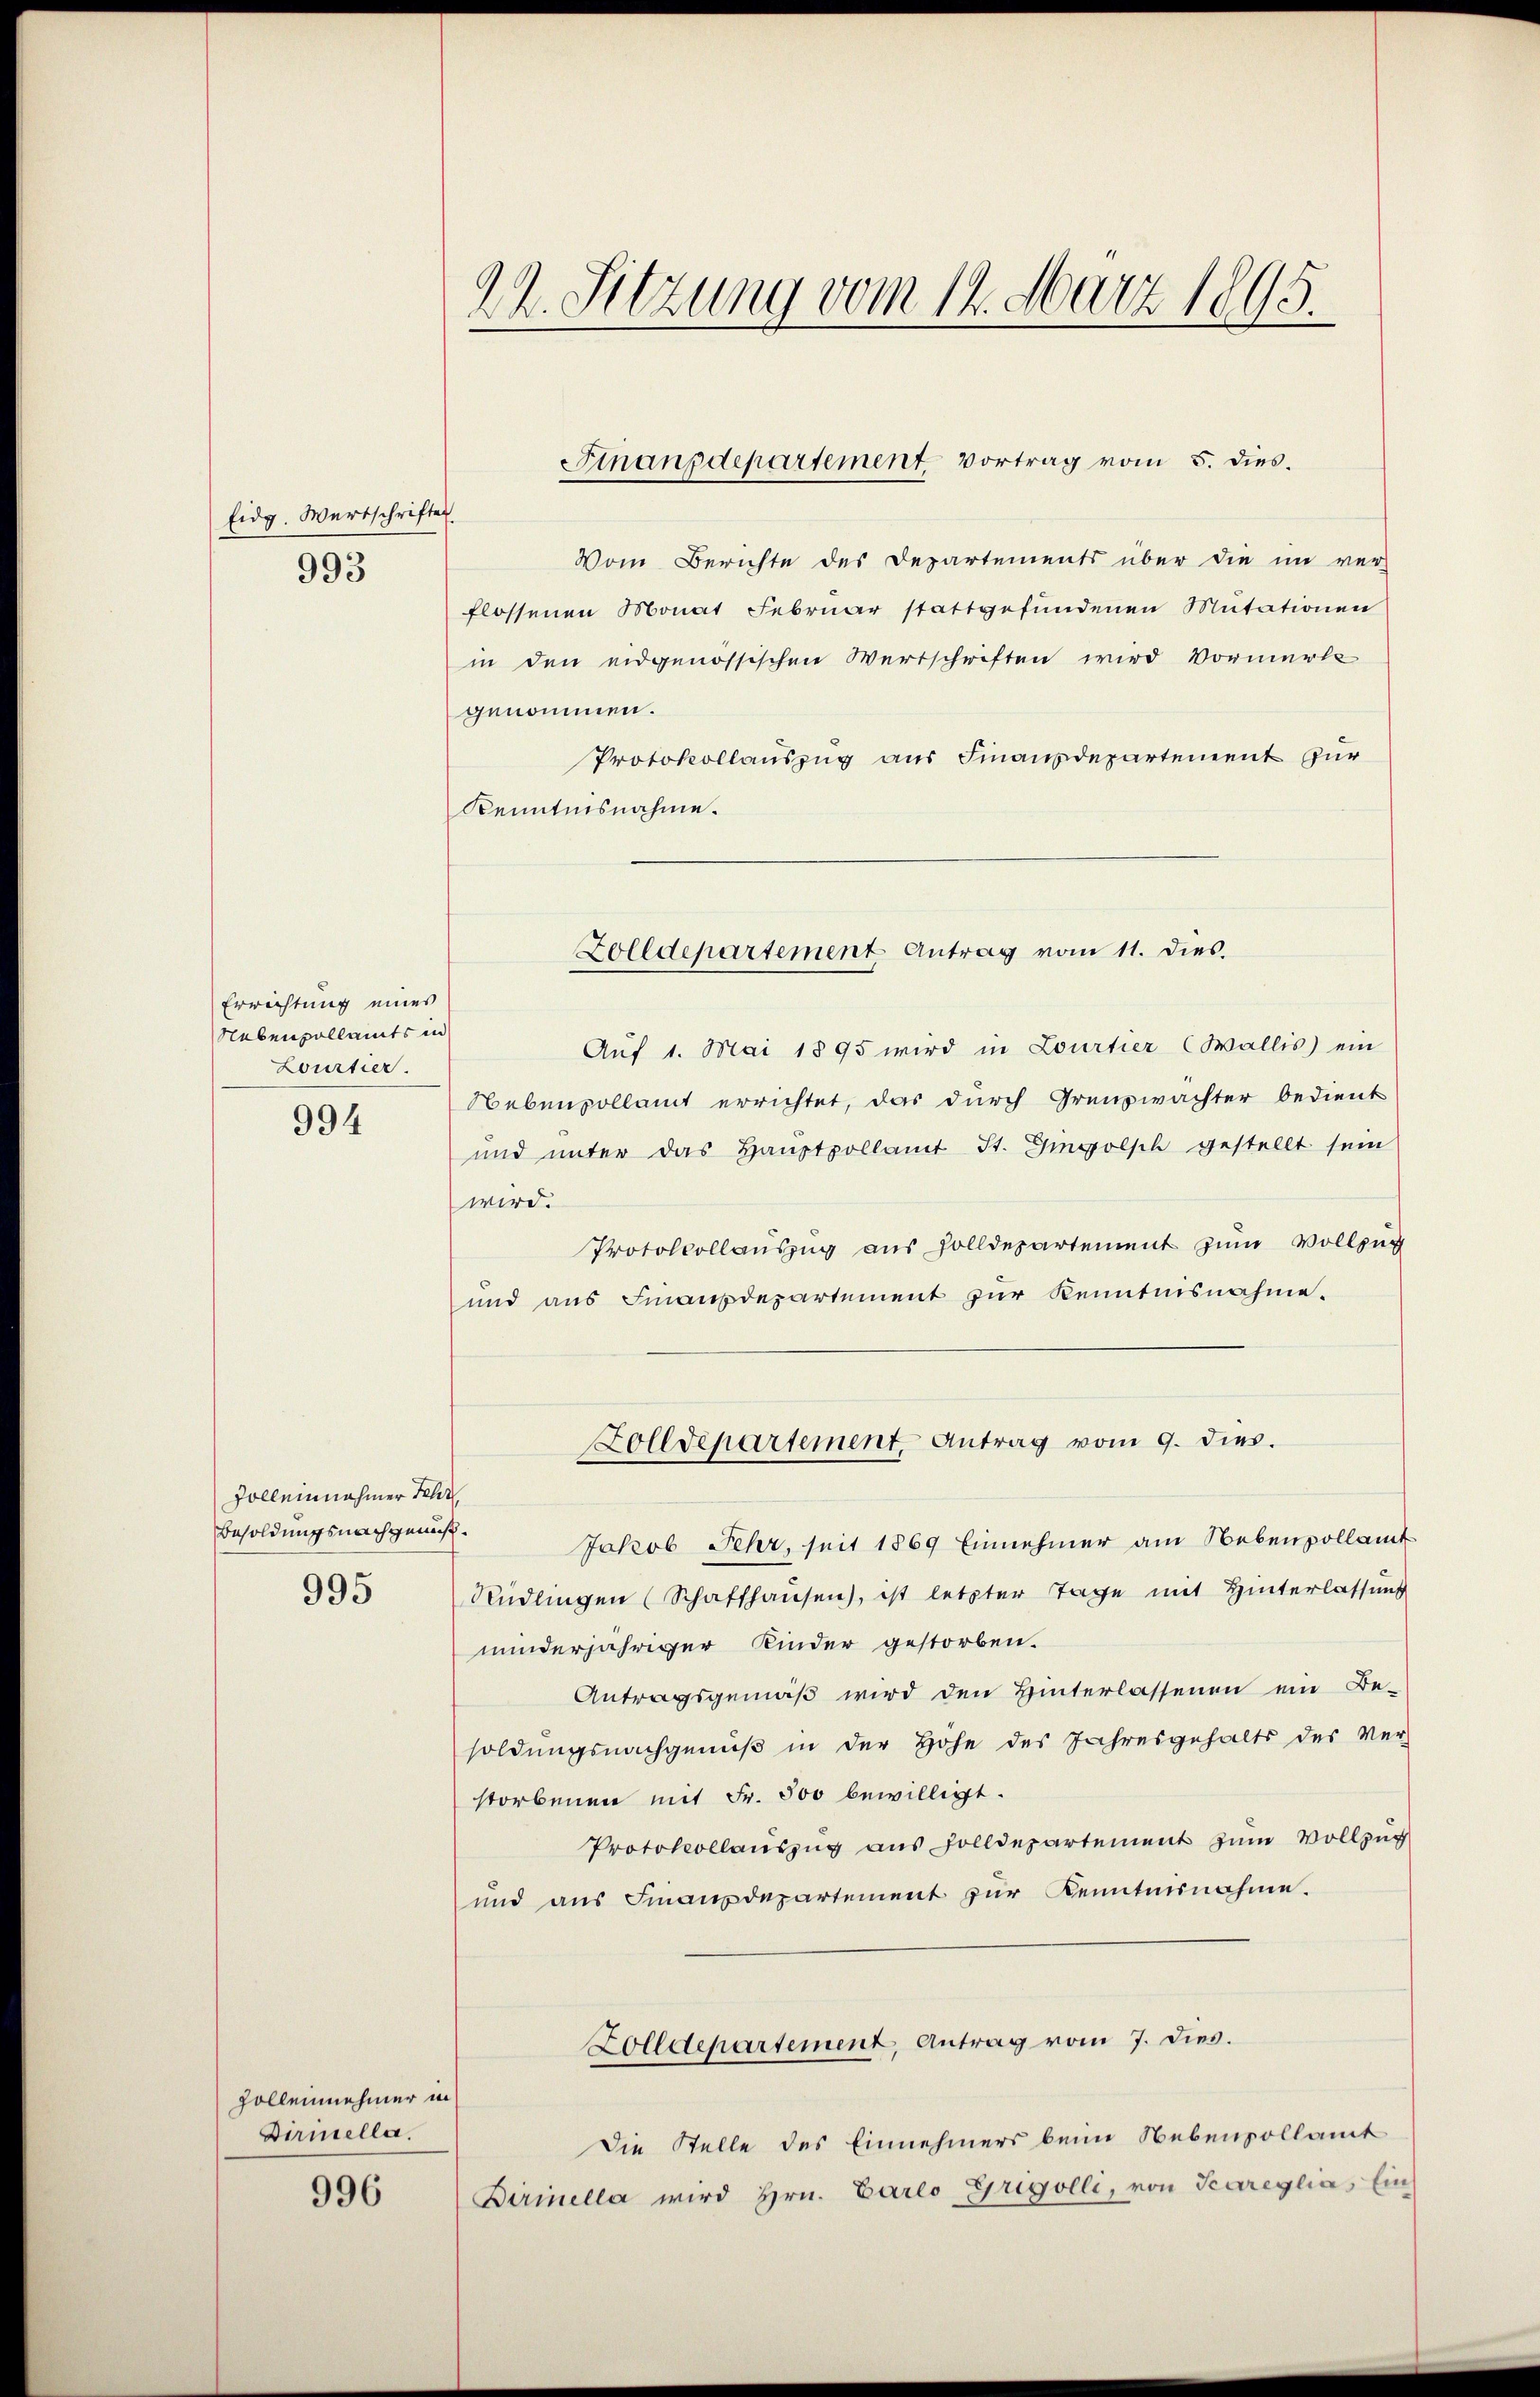
Eidg. Wertschriften
993

Errichtung eines
Nebenvollamts in
Lourtier.

994

Zolleinnahmer Fehr
Besoldungsnachgemeß¬

995

Zollennehmer in
Dirmella.

996

22. Sitzung vom 14. März 1895.

Vom Berichte des Departements über die im ver-
flossenen Monat Februar stattgefŭndenen Mutationen
in den eidgenössischen Wertschriften wird Vormerke
genommen.
Protokollauszug aus Finanzdepartement für
Kenntnisnahme.
Auf 1. Mai 1895 wird in Lourtier (Wallis) ein
Nebenpollamt errichtet, das durch Grenzwachter bedient
und unter das Hauptpollamt St. Gingolsch gestellt sein
wird.
Protokollaŭszŭg aŭs Zolldepartement zum Vollzug
und aus Finanzdepartement zur Kenntnisnahme.
Zolldepartement Antrag vom 9. dies.
Jakob Fehr, seit 1869 Einnehmer am Nebenpollamt
Rüdlingen (Schaffhausen, ist letzter Tage mit Hinterlassung
minderjähriger Kinder gestorben.
Antragsgemäß wird den Hinterlassenen ein Be-
soldungsnachgenuß in der Höhe des Jahresgehalts des Ver-
storbenen mit Fr. 500 bewilligt.
Protokollauszug aus Zolldepartement zum Vollzug
und aus Finanzdepartement zur Kenntnisnahme.
Zolldepartement, Antrag vom 7. dies.
Die Stelle des Einnehmers beim Nebenvollamt
Birinella wird Hrn. Carlo Gregolli, von Scareglias Ein

Finanzdepartement. Vortrag vom 5. dies.

Zolldepartement Antrag vom 11. dies.